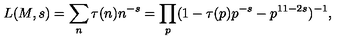
L ( M , s ) = \sum _ { n } \tau ( n ) n ^ { - s } = \prod _ { p } ( 1 - \tau ( p ) p ^ { - s } - p ^ { 1 1 - 2 s } ) ^ { - 1 } , \nonumber